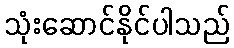
သုံးဆောင်နိုင်ပါသည်